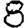
Digit: 8